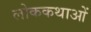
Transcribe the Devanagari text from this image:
लोककथाआें